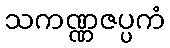
သကဏ္ဏဇပ္ပကံ